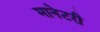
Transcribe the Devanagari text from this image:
मानेटरी